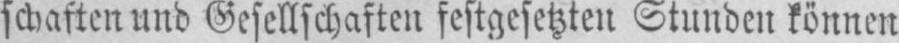
schaften und Gesellschaften festgesetzten Stunden können